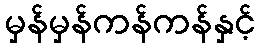
မှန်မှန်ကန်ကန်နှင့်